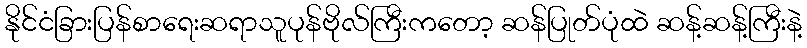
နိုင်ငံခြားပြန်စာရေးဆရာသူပုန်ဗိုလ်ကြီးကတော့ ဆန်ပြုတ်ပုံထဲ ဆန့်ဆန့်ကြီးနဲ့